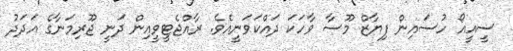
ސީއީއޯ ހުސައިން ފިޔާޒް މޫސާ ވާހަކަ ދައްކަވަނީއެވެ. ރާއްޖެޓީވީއިން ދަނީ ޖޫރިމަނާގެ އަދަދު